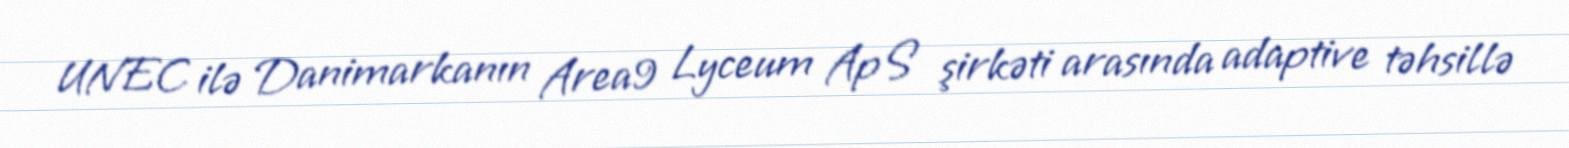
UNEC ilə Danimarkanın Area9 Lyceum ApS şirkəti arasında adaptive təhsillə